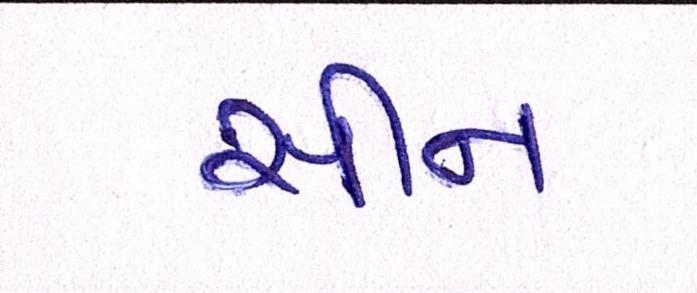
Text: સીન